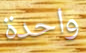
واحدة